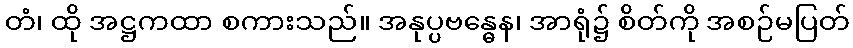
တံ၊ ထို အဋ္ဌကထာ စကားသည်။ အနုပ္ပဗန္ဓေန၊ အာရုံ၌ စိတ်ကို အစဉ်မပြတ်